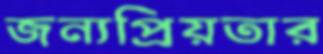
জন্যপ্রিয়তার